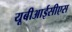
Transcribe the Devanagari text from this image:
यूबीआईसीएस